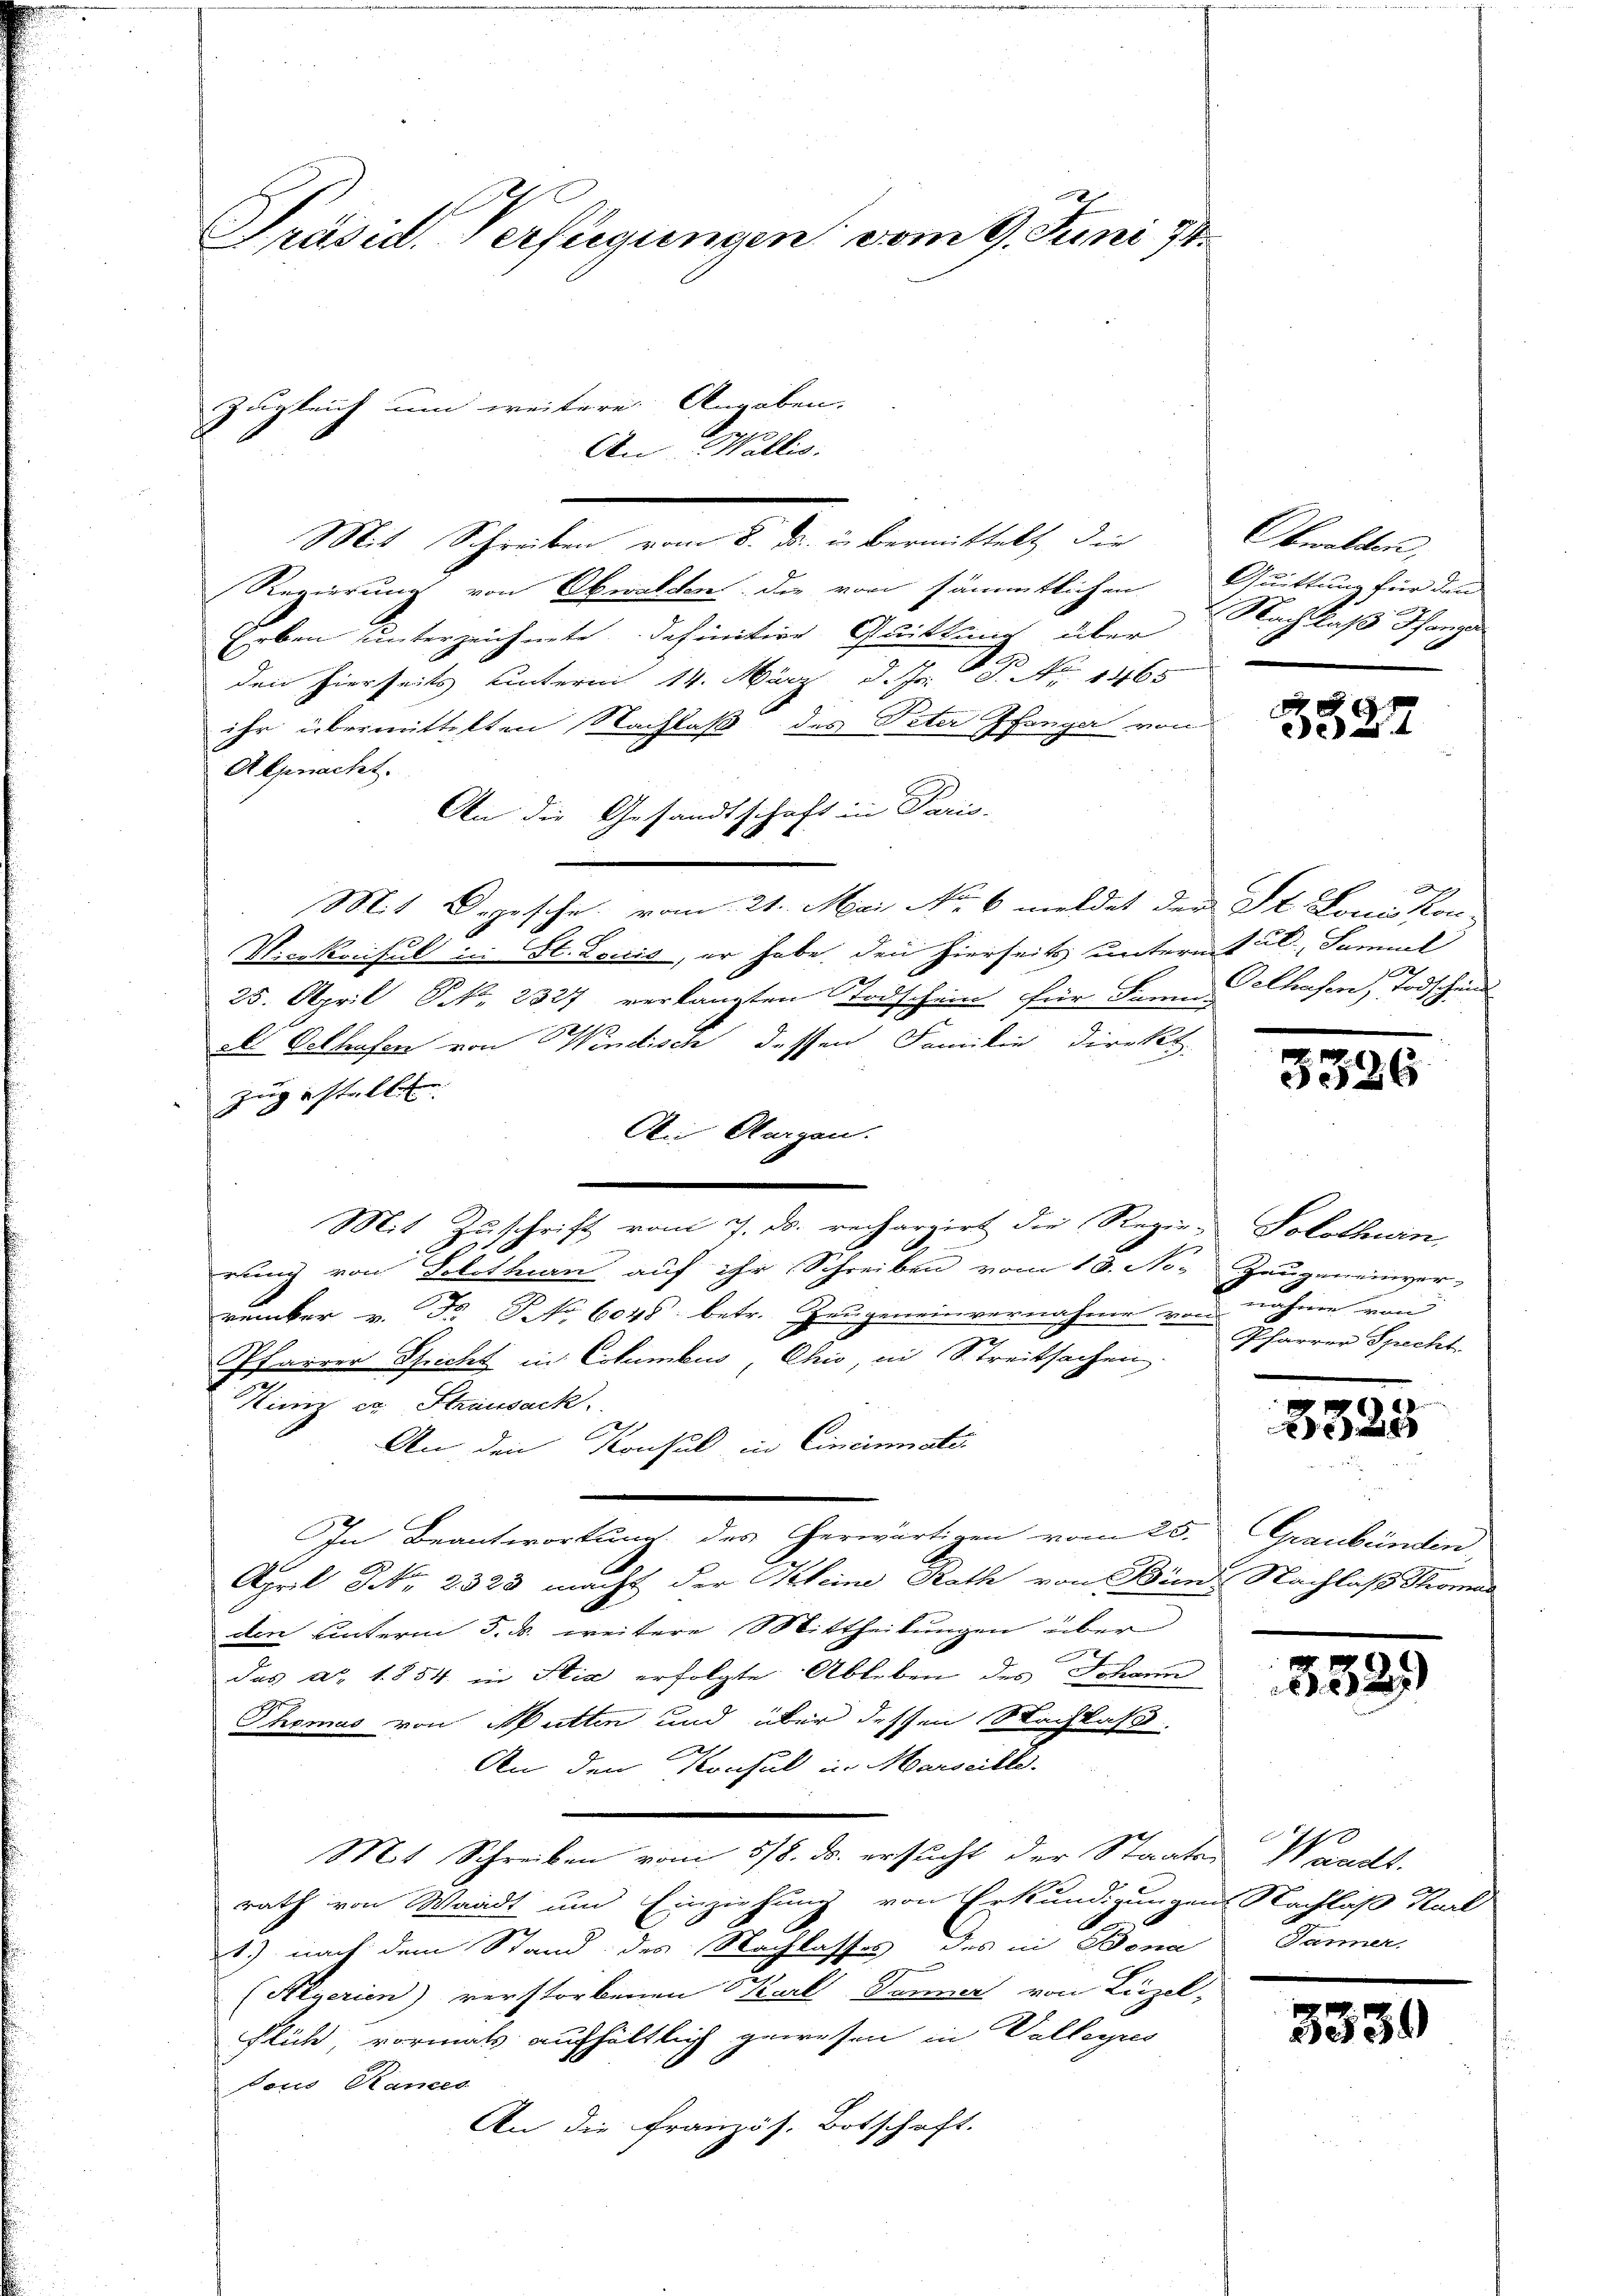
Präsid. Verfügungen vom 9. Juni 18
Zugleich um weitere Angaben
An Wallis.

Mit Schreiben vom 8. ds. in bermittelt, die
Regierung von Obwalden, die von sämmtlichen
Erben unterzeichnete, definitive Quittung über Nachlaß Hange
e
den hierseits unterm 14. März d. Js. No 1465
ihr übermittelten Nachlaß des Peter Pfanger von
Alpnacht.
An die Gesandtschaft in Paris.
Mit Depesche vom 21. Mai No 6 meldet der St. Louiskon-
Vicekonsul in St. Louis, er habe, den hierseits untermit A. Samuel
25. April Frk. 2327, verlangten Todschein für dann Chasen, Todschen
als Oelhafen von Windisch dessen Familie Direkt.
zugestellen
Aer Obergen.
Mit Zuschrift vom 7. ds. rechargirt die Regier Solothurn,
ruung von Solethan auf ihr Schreiben vom 13. No. Zeugeneinver-
runker v. Fr. No 6048. betr. Zeugeneinvernahme von nahme von
Pfarrer Spricht in Columbus, Chio, in Streitsachen.
Kiniz er Stransack
An den Konsul in Cincinate
In Beantwortung des erwärtigen vom 25. Graubünden
April NNo. 2323 macht der Kleine Rath von Bün. Nachlaß Stroman
den unterm 5. d. weitere Mittheilungen über
das Ao. 1854 in Stie erfolgte Ableben des Schann
Thomas von Mutten und über dessen Nachlaß.
An den Konsul in Marseille.
Mit Schreiben vom 5/8. ds. ersucht der Staates Waadt.
rath von Waadt und Einziehung von Erkundigungen Nachlaß Kart
1) nach dem Stand des Nachlasses des in Bona
(Aegerien) verstorbenen Karl Donner von Luzel,
flück, vormals aufhältlich gewesen in Vollegis
sous Rances
An die französ. Botschaft.

Obwalden,
Quittung für den
2

8
ede

g

3326

Pfarrer Specht

3328

5329

d
Dänner

3339